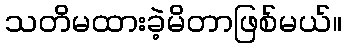
သတိမထားခဲ့မိတာဖြစ်မယ်။